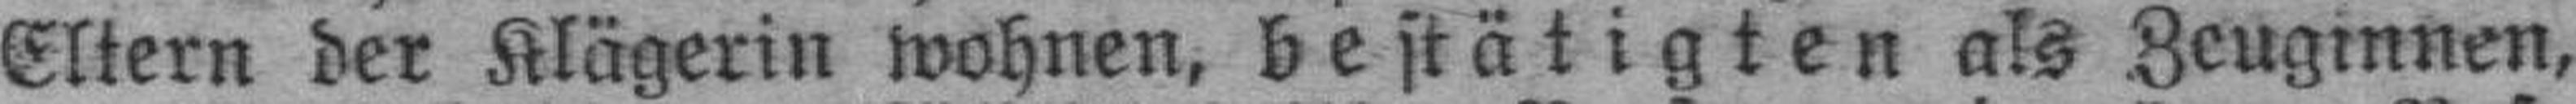
Eltern der Klägerin wohnen, bestätigten als Zeuginnen,